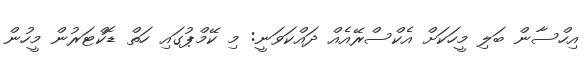
އިހްސާން ބަލި މީހަކަށް އެކްސްރޭއެއް ދައްކަވަނީ: މި ކޭމްޕުގައި ހަތް ޑޮކްޓަރުން މީހުން